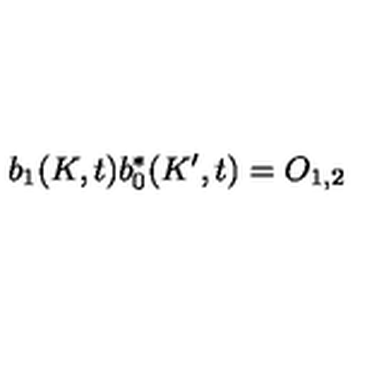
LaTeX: b _ { 1 } ( K , t ) b _ { 0 } ^ { \ast } ( K ^ { \prime } , t ) = O _ { 1 , 2 }